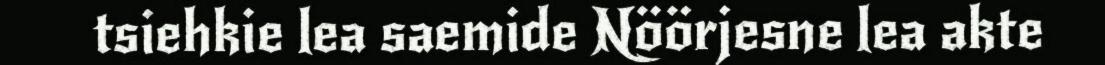
tsiehkie lea saemide Nöörjesne lea akte